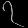
Digit: ၇